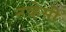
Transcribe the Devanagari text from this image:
नव्हेसी